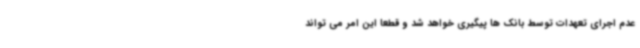
عدم اجرای تعهدات توسط بانک ها پیگیری خواهد شد و قطعا این امر می تواند